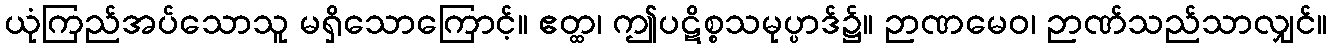
ယုံကြည်အပ်သောသူ မရှိသောကြောင့်။ ဧတ္ထ၊ ဤပဋိစ္စသမုပ္ပာဒ်၌။ ဉာဏမေဝ၊ ဉာဏ်သည်သာလျှင်။